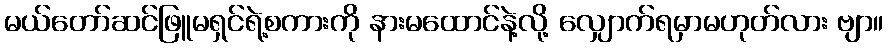
မယ်တော်ဆင်ဖြူမရှင်ရဲ့စကားကို နားမထောင်နဲ့လို့ လျှောက်ရမှာမဟုတ်လား ဗျာ။